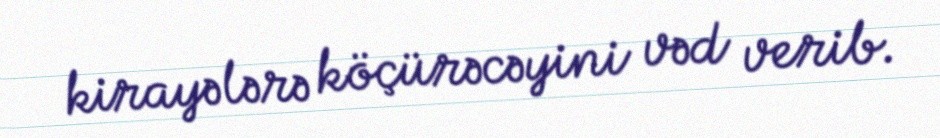
kirayələrə köçürəcəyini vəd verib.